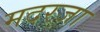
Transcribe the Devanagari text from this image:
मदरजा